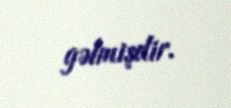
gəlmişdir.